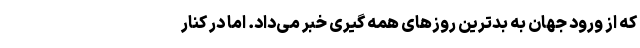
که از ورود جهان به بدترین روزهای همه گیری خبر می‌داد. اما در کنار